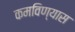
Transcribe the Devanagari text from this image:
कमविण्यास